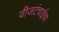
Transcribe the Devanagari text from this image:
वीजटंचाईचा